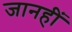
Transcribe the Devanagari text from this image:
जानहीं